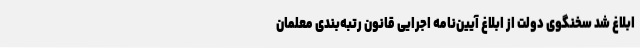
ابلاغ شد سخنگوی دولت از ابلاغ آیین‌نامه اجرایی قانون رتبه‌بندی معلمان